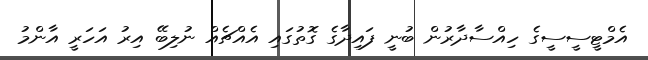
އެމްޓީސީސީގެ ހިއްސާދާރުން ބުނީ ފައިދާގެ ގޮތުގައި އެއްޗެއް ނުލިބޭ އިރު އަހަރީ އާންމު